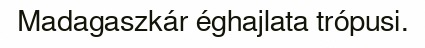
Madagaszkár éghajlata trópusi.